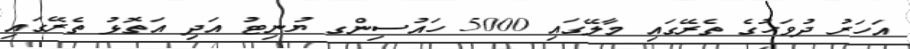
އަހަރު ދުވަހުގެ ތެރޭގައި މާލޭގައި 5000 ހައުސިންގ ޔުނިޓު އަދި އަތޮޅު ތެރޭގައި